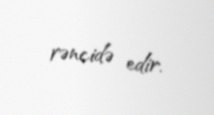
rəncidə edir.